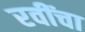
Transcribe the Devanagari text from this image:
रवींचा